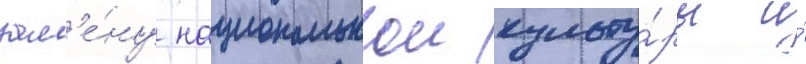
зам'е́ну национальнои культу́ры и́